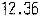
12.36